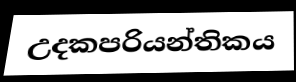
උදකපරියන්තිකය